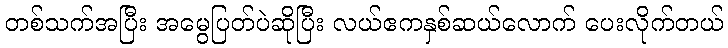
တစ်သက်အပြီး အမွေပြတ်ပဲဆိုပြီး လယ်ဧကနှစ်ဆယ်လောက် ပေးလိုက်တယ်